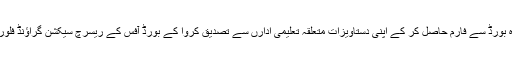
اس ضمن میں طلباء و طالبات کو ہدایت کی جاتی ہے کہ وہ بورڈ سے فارم حاصل کر کے اپنی دستاویزات متعلقہ تعلیمی ادارں سے تصدیق کروا کے بورڈ آفس کے ریسرچ سیکشن گراؤنڈ فلور بلاک بی میں 8جنوری 2016 تک جمع کروا سکتے ہیں۔